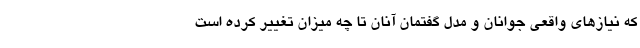
که نیازهای واقعی جوانان و مدل گفتمان آنان تا چه میزان تغییر کرده است